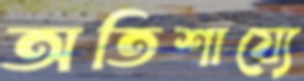
অতিশায্যে